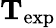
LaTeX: \mathbf{T}_{\mathrm{exp}}